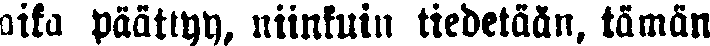
aika päättyy, niinkuin tiedetään, tämän